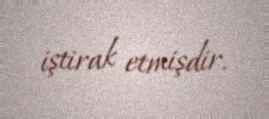
iştirak etmişdir.